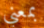
بمعني